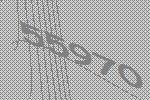
55970